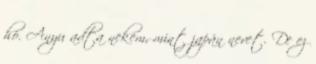
hó. Anyu adta nekem, mint japán nevet. De ez